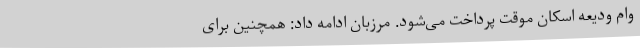
وام ودیعه اسکان موقت پرداخت می‌شود. مرزبان ادامه داد: همچنین برای